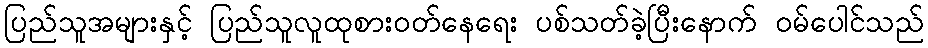
ပြည်သူအများနှင့် ပြည်သူလူထုစားဝတ်နေရေး ပစ်သတ်ခဲ့ပြီးနောက် ဝမ်ပေါင်သည်